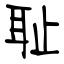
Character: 耻